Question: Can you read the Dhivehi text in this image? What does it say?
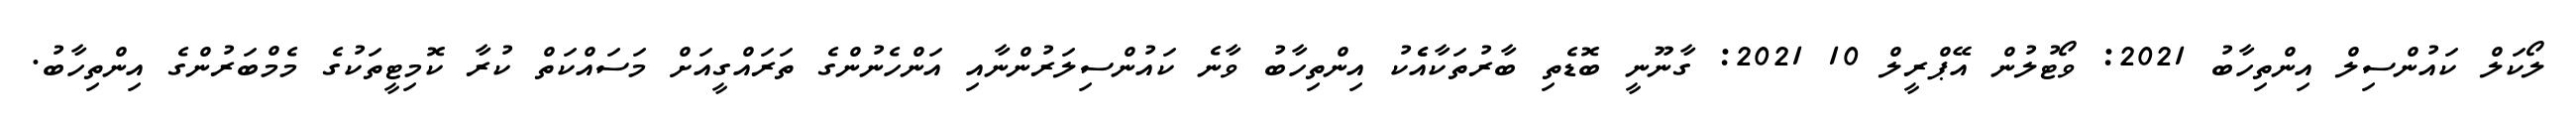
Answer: ލޯކަލް ކައުންސިލް އިންތިހާބު 2021: ވޯޓުލުން އޭޕްރީލް 10 2021: ގާނޫނީ ބޮޑެތި ބާރުތަކާއެެކު އިންތިހާބު ވާނެ ކައުންސިލަރުންނާއި އަންހެނުންގެ ތަރައްގީއަށް މަސައްކަތް ކުރާ ކޮމިޓީތަކުގެ މެމްބަރުންގެ އިންތިހާބު.